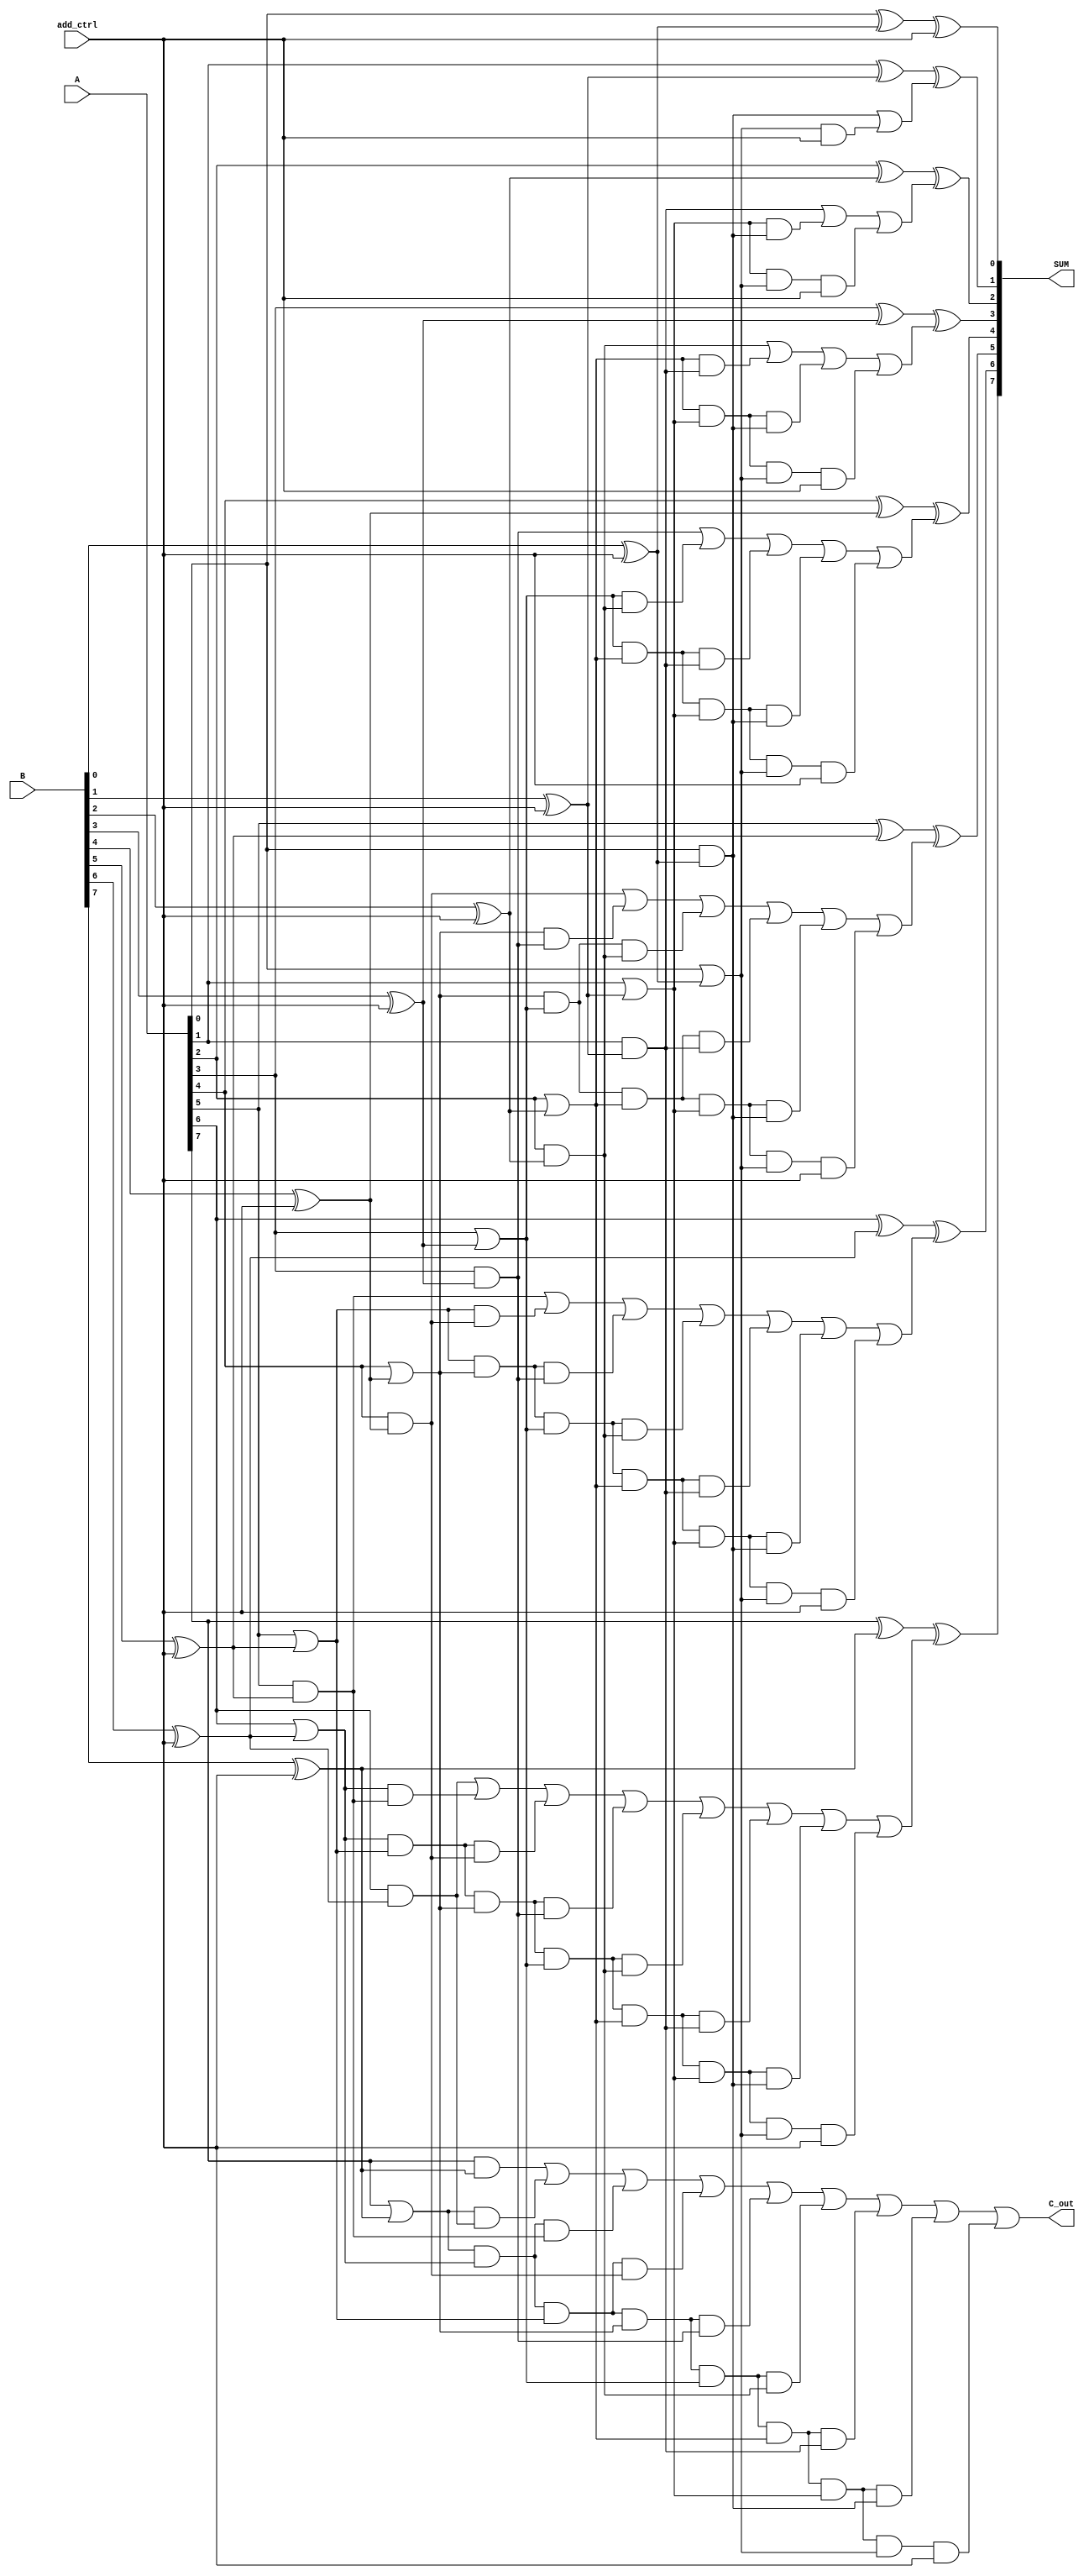
module CADD4 (A,B,add_ctrl,SUM,C_out);
input [7:0] A,B;
input add_ctrl;
output [7:0] SUM;
output C_out;
wire [7:0] P,G,C;
wire [7:0] b1;
wire [35:0] D;

xor U0(b1[0],B[0],add_ctrl);
xor U1(b1[1],B[1],add_ctrl);
xor U2(b1[2],B[2],add_ctrl);
xor U3(b1[3],B[3],add_ctrl);
xor U4(b1[4],B[4],add_ctrl);
xor U5(b1[5],B[5],add_ctrl);
xor U6(b1[6],B[6],add_ctrl);
xor U7(b1[7],B[7],add_ctrl);

or  T0(P[0],A[0],b1[0]);
or  T1(P[1],A[1],b1[1]);
or  T2(P[2],A[2],b1[2]);
or  T3(P[3],A[3],b1[3]);
or  T4(P[4],A[4],b1[4]);
or  T5(P[5],A[5],b1[5]);
or  T6(P[6],A[6],b1[6]);
or  T7(P[7],A[7],b1[7]);
and S0(G[0],A[0],b1[0]);
and S1(G[1],A[1],b1[1]);
and S2(G[2],A[2],b1[2]);
and S3(G[3],A[3],b1[3]);
and S4(G[4],A[4],b1[4]);
and S5(G[5],A[5],b1[5]);
and S6(G[6],A[6],b1[6]);
and S7(G[7],A[7],b1[7]);

xor U8(SUM[0],A[0],b1[0],add_ctrl);
and S8(D[0],P[0],add_ctrl);
or  T8(C[0],G[0],D[0]);

xor U9(SUM[1],A[1],b1[1],C[0]);
and S9(D[1],P[1],G[0]);
and S10(D[2],P[1],P[0],add_ctrl);
or  T9(C[1],G[1],D[1],D[2]);

xor U10(SUM[2],A[2],b1[2],C[1]);
and S11(D[3],P[2],G[1]);
and S12(D[4],P[2],P[1],G[0]);
and S13(D[5],P[2],P[1],P[0],add_ctrl);
or  T10(C[2],G[2],D[3],D[4],D[5]);

xor U11(SUM[3],A[3],b1[3],C[2]);
and S14(D[6],P[3],G[2]);
and S15(D[7],P[3],P[2],G[1]);
and S16(D[8],P[3],P[2],P[1],G[0]);
and S17(D[9],P[3],P[2],P[1],P[0],add_ctrl);
or  T11(C[3],G[3],D[6],D[7],D[8],D[9]);

xor U12(SUM[4],A[4],b1[4],C[3]);
and S18(D[10],P[4],G[3]);
and S19(D[11],P[4],P[3],G[2]);
and S20(D[12],P[4],P[3],P[2],G[1]);
and S21(D[13],P[4],P[3],P[2],P[1],G[0]);
and S22(D[14],P[4],P[3],P[2],P[1],P[0],add_ctrl);
or  T12(C[4],G[4],D[10],D[11],D[12],D[13],D[14]);

xor U13(SUM[5],A[5],b1[5],C[4]);
and S23(D[15],P[5],G[4]);
and S24(D[16],P[5],P[4],G[3]);
and S25(D[17],P[5],P[4],P[3],G[2]);
and S26(D[18],P[5],P[4],P[3],P[2],G[1]);
and S27(D[19],P[5],P[4],P[3],P[2],P[1],G[0]);
and S28(D[20],P[5],P[4],P[3],P[2],P[1],P[0],add_ctrl);
or  T13(C[5],G[5],D[15],D[16],D[17],D[18],D[19],D[20]);

xor U14(SUM[6],A[6],b1[6],C[5]);
and S29(D[21],P[6],G[5]);
and S30(D[22],P[6],P[5],G[4]);
and S31(D[23],P[6],P[5],P[4],G[3]);
and S32(D[24],P[6],P[5],P[4],P[3],G[2]);
and S33(D[25],P[6],P[5],P[4],P[3],P[2],G[1]);
and S34(D[26],P[6],P[5],P[4],P[3],P[2],P[1],G[0]);
and S35(D[27],P[6],P[5],P[4],P[3],P[2],P[1],P[0],add_ctrl);
or  T14(C[6],G[6],D[21],D[22],D[23],D[24],D[25],D[26],D[27]);

xor U15(SUM[7],A[7],b1[7],C[6]);
and S36(D[28],P[7],G[6]);
and S37(D[29],P[7],P[6],G[5]);
and S38(D[30],P[7],P[6],P[5],G[4]);
and S39(D[31],P[7],P[6],P[5],P[4],G[3]);
and S40(D[32],P[7],P[6],P[5],P[4],P[3],G[2]);
and S41(D[33],P[7],P[6],P[5],P[4],P[3],P[2],G[1]);
and S42(D[34],P[7],P[6],P[5],P[4],P[3],P[2],P[1],G[0]);
and S43(D[35],P[7],P[6],P[5],P[4],P[3],P[2],P[1],P[0],add_ctrl);
or  T15(C_out,G[7],D[28],D[29],D[30],D[31],D[32],D[33],D[34],D[35]);

endmodule